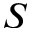
S